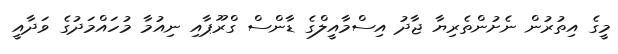
މީގެ އިތުރުން ނެށުންތެރިޔާ ޖާދު އިސްމާއީލްގެ ޑާންސް ގްރޫޕާއި ނިއުމާ މުހައްމަދުގެ ވަދާއީ